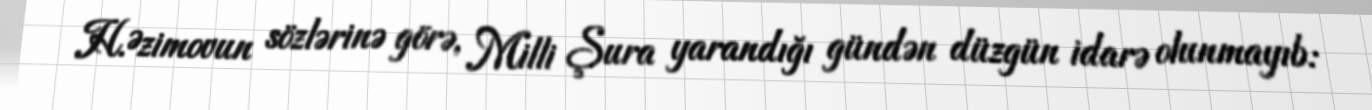
H.Əzimovun sözlərinə görə, Milli Şura yarandığı gündən düzgün idarə olunmayıb: